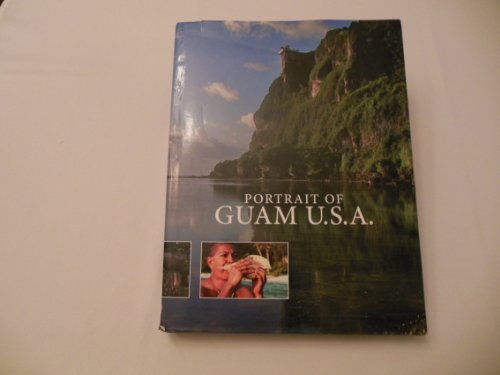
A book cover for Portrait of Guam U.s.a.; Travel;